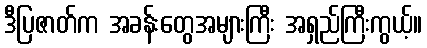
ဒီပြဇာတ်က အခန်းတွေအများကြီး အရှည်ကြီးကွယ့်။